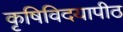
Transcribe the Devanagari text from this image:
कृषिविदयापीठ